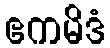
ဧကမိဒံ